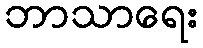
ဘာသာရေး